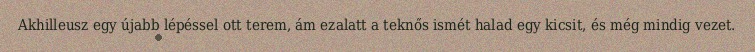
Akhilleusz egy újabb lépéssel ott terem, ám ezalatt a teknős ismét halad egy kicsit, és még mindig vezet.